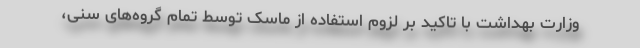
وزارت بهداشت با تاکید بر لزوم استفاده از ماسک توسط تمام گروه‌های سنی،